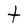
Character: t